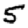
Digit: 5